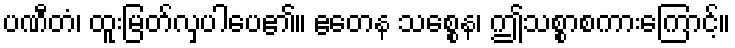
ပဏီတံ၊ ထူးမြတ်လှပါပေ၏။ ဧတေန သစ္စေန၊ ဤသစ္စာစကားကြောင့်။